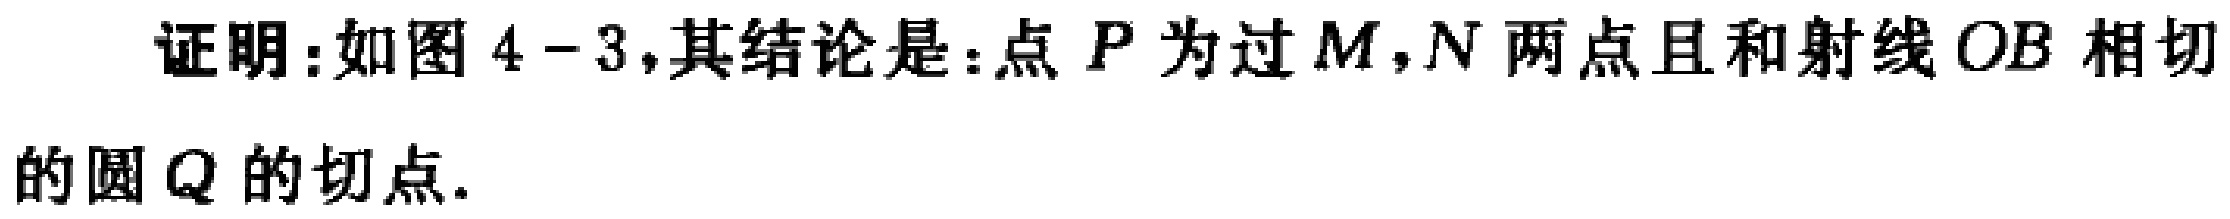
证明：如图4 - 3，其结论是：点\(P\)为过\(M,N\)两点且和射线\(OB\)相切的圆\(Q\)的切点.